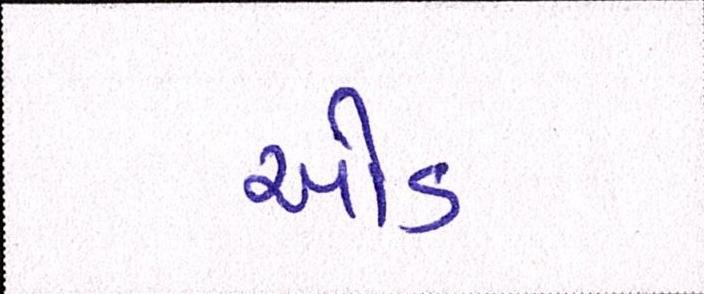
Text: ઓડ